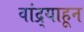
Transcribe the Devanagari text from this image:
वांद्र्याहून